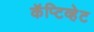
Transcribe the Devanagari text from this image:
कॅप्टिव्हेट